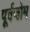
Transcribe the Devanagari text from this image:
पूर्वजोम